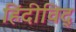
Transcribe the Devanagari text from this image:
हिंदीविद्‍